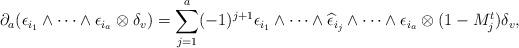
LaTeX: \begin{align*}\partial_a(\epsilon_{i_1} \wedge \cdots \wedge \epsilon_{i_a} \otimes \delta_v)=\sum_{j = 1}^a (-1)^{j+1} \epsilon_{i_1}\wedge \cdots \wedge\widehat{\epsilon}_{i_j}\wedge\cdots\wedge \epsilon_{i_a} \otimes (1 - M_j^t)\delta_v,\end{align*}